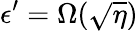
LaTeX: \epsilon^{\prime}=\Omega(\sqrt{\eta})